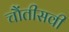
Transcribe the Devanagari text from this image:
चौंतीसवी